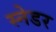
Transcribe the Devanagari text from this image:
स्नेडर